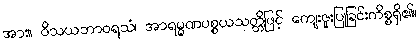
အား။ ဝိသယဘာဝရသံ၊ အာရမ္မဏပစ္စယသတ္တိဖြင့် ကျေးဇူးပြုခြင်းကိစ္စရှိ၏။